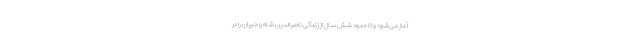
آغاز می‌شود و تا حدود شش سال از زندگی ناصرالدین شاه و جیران را در